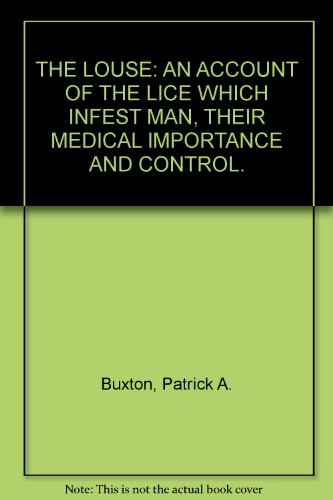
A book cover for The Louse; P A Buxton; Health, Fitness & Dieting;